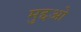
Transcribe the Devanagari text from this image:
मुद्दओ